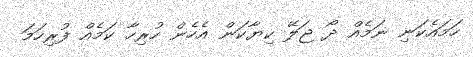
ހަމަަައެކަނި ނަމެއް ދޯ ޖަލޭ ކިޔާކަން އެހެން ހުރިހާ ކަމެއް ފުރިހަމަ